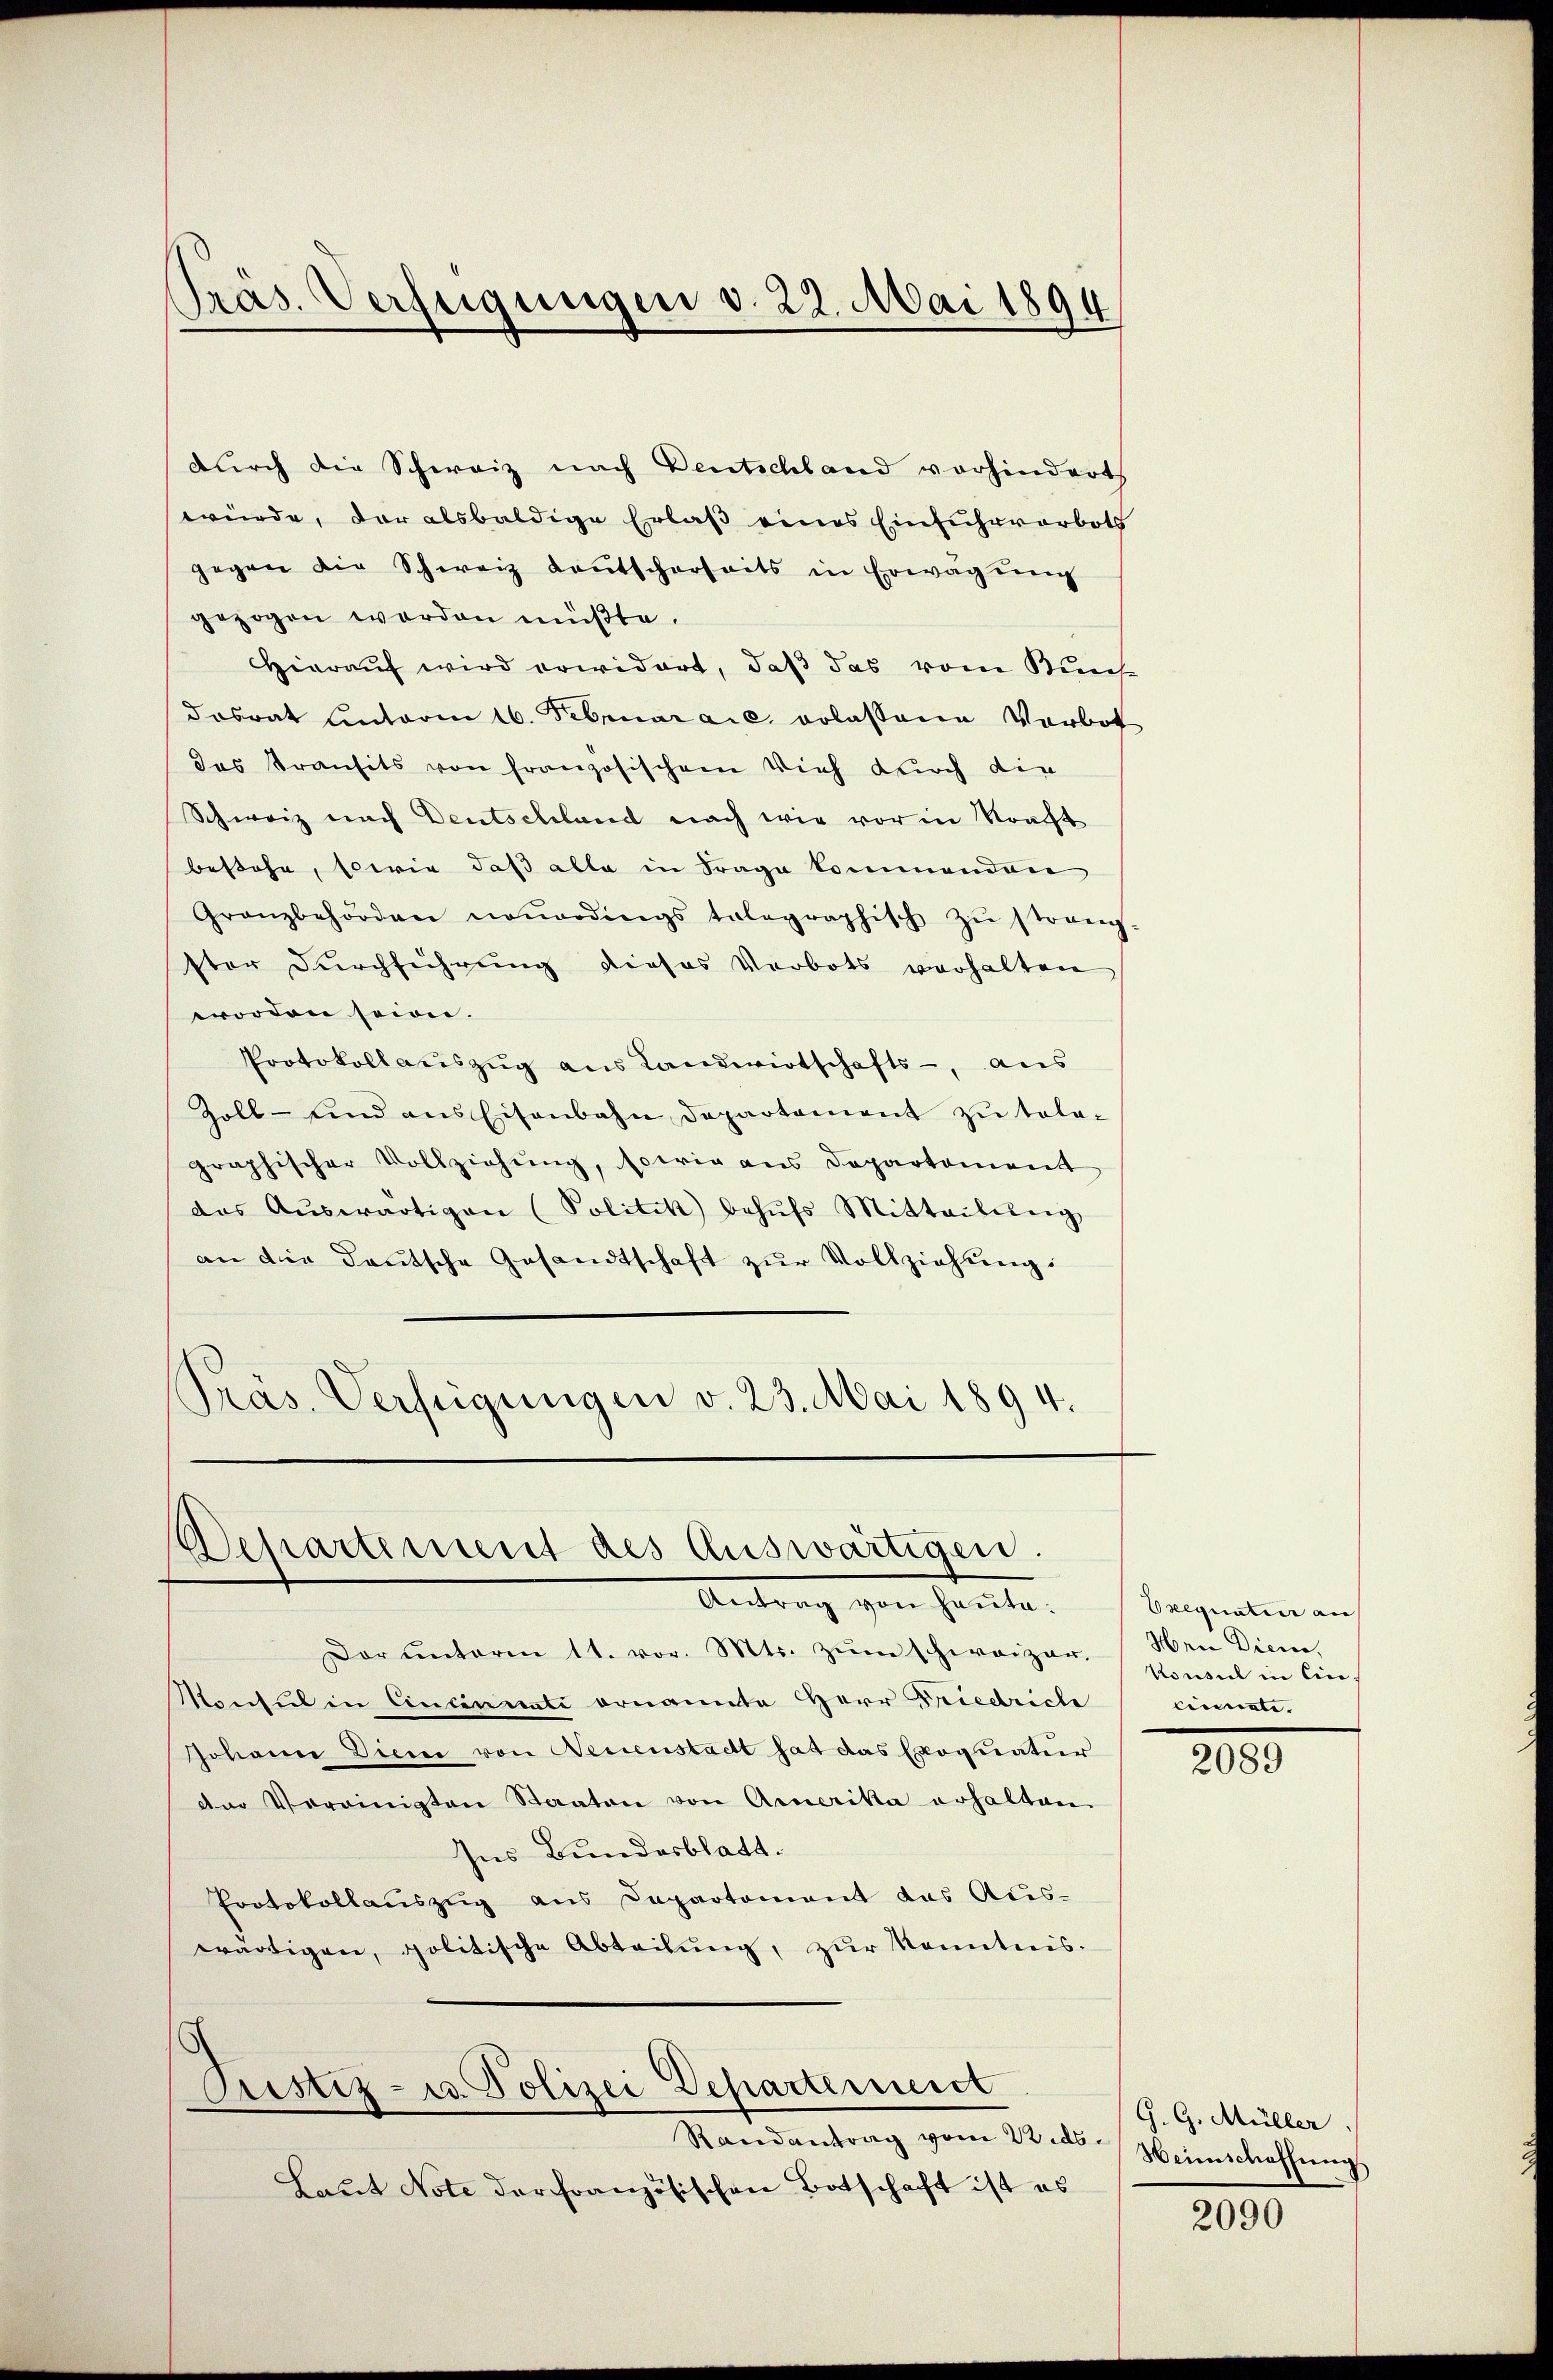
Präs. Verfügungen d. 22. Mai 1894

durch die Schweiz nach Deutschland vorhindert
würde, der alsbaldige Erlaß eines Einfuhrverbots
gegen die Schweiz deutscherheits in Erwägung
gezogen worden müßte.
Hierauf wird erwidert, daß das vom Kuns
dasrat Eintaria 16. Februar a.c. erlassene Verbot
das Transits von französischem Vieh durch die
Schweiz nach Deutschland nach wie vor in Stracht
bestehe, sowie daß alle in Frage kommenden
Granzbehörden neŭerdings telegraphisch zŭ strang-
ster Durchführung dieses Verbots verhalten
worden seien.
Protokollaŭszŭg ans Landwirtschafts-, aus
Zoll- und aus Eisenbahn Departement zu tele-
graphischer Vollziehŭng, sowie aus Departement
das Aŭswärtigen (Politik behŭfs Mitteilŭng
an die Baŭtsche Gesandtschaft zŭr Vollziehŭng:
Präs. Verfügungen v. 23. Mai 1894.

Departement des Auswärtigen.
Antrag von heute.

Dar ŭnterm 11. vor. Mts. zŭm schweizer-
Konsul in Einsinuate ernannte Herr Friedrich
Johann Diene von Neuenstacht hat das Exequatur
der Vereinigten Staaten von Amerika erhalten
Ins Bundesblatt.
Protokollauszug aus Departement das Aŭs-
wärtigen, politische Abteilŭng, zŭr Kenntnis.

Prestiz- u. Polizei Departement

Randantrag vom 22. ds.
Laut Note der französischen Botschaft ist es

Exequatier an
Heie Diene,
Konsul in Cincinnete.

2089

G. G. Müller.
Heimschaffŭng,

2090